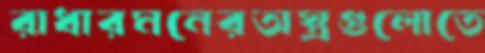
রাধারমনেরঅস্ত্রগুলোতে